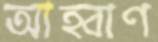
আহ্বাণ